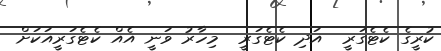
ކުރީގެ ކެޓެގަރީ  އަދި ކެޓެގަރީ  މިހާރު ވަނީ އެއް ކެޓެގަރީއަކަށް